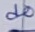
Text: d0